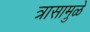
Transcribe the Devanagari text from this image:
त्रासामु़ळे